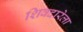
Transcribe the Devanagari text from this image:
शिवदारेला